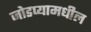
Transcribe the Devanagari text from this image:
जोडप्यामधील